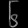
Digit: ၆